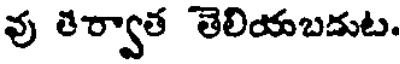
వు తెర్వాత తెలియబదుట.